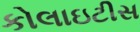
કોલાઇટીસ